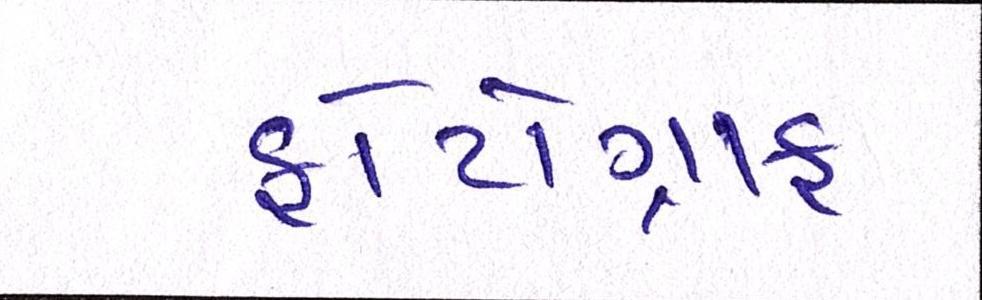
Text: ફોટોગ્રાફ